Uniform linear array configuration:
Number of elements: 24
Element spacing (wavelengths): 0.5
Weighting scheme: hamming
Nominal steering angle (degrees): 30
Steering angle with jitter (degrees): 31.434
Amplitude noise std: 0.05
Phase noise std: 0.05

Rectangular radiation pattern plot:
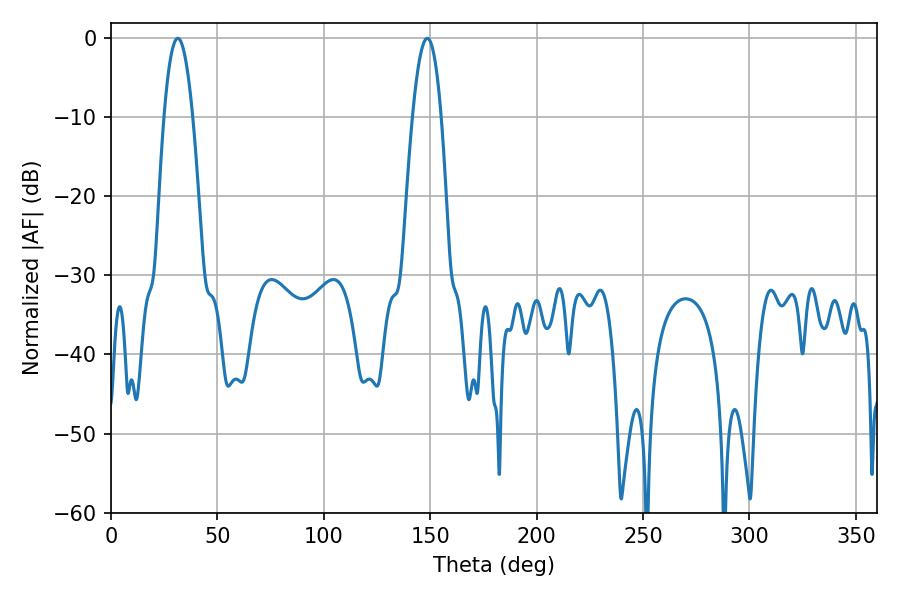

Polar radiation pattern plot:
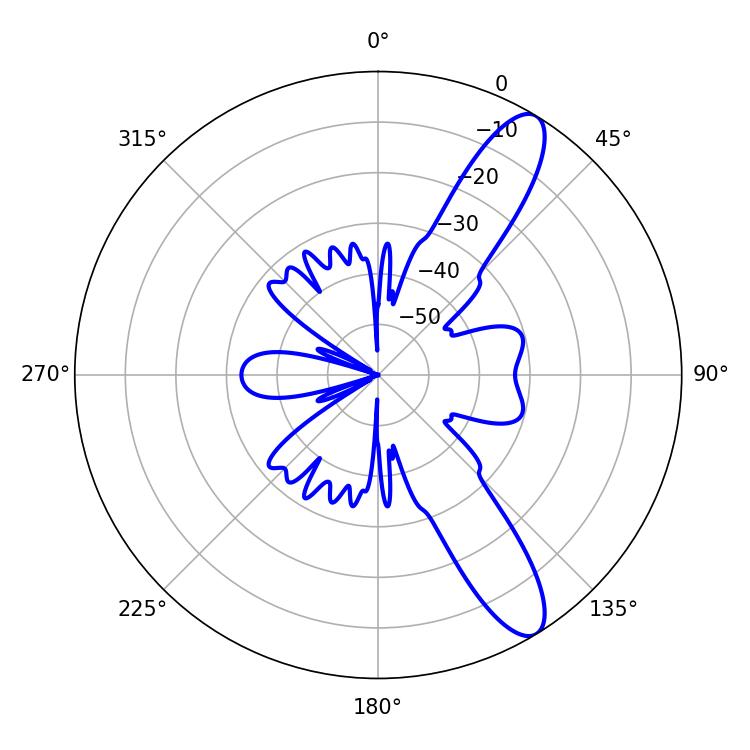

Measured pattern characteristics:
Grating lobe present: FALSE
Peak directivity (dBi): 11.365
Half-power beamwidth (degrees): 7.38
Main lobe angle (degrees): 31.32